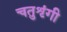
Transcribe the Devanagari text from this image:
चतुशृंगी